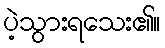
ပဲ့သွားရသေး၏။